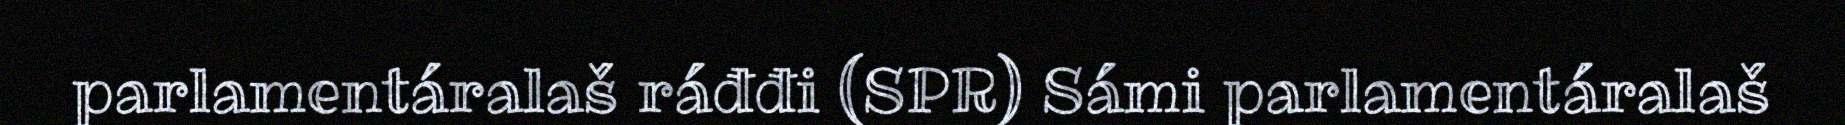
parlamentáralaš ráđđi (SPR) Sámi parlamentáralaš